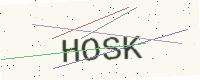
Text: HOSK